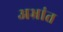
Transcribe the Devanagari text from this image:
अभ्रांत